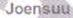
Joensuu